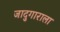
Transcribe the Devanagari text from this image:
जादुगाराला